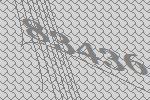
83436